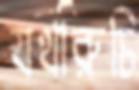
যথারুচি